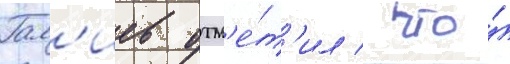
Гал'иев отм'е́т'ил / что́